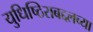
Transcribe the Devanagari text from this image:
युधिष्ठिराबद्दलच्या